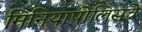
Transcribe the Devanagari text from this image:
मिनियापोलिसचे